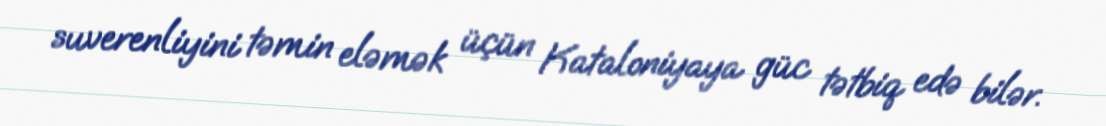
suverenliyini təmin eləmək üçün Kataloniyaya güc tətbiq edə bilər.